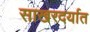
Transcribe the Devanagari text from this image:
साखरदर्यात